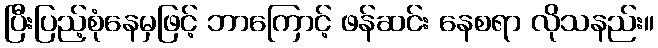
ပြီးပြည့်စုံနေမှဖြင့် ဘာကြောင့် ဖန်ဆင်း နေစရာ လိုသနည်း။